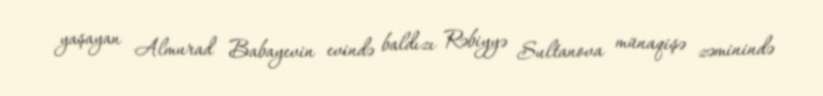
yaşayan Almurad Babayevin evində baldızı Rəbiyyə Sultanova münaqişə zəminində